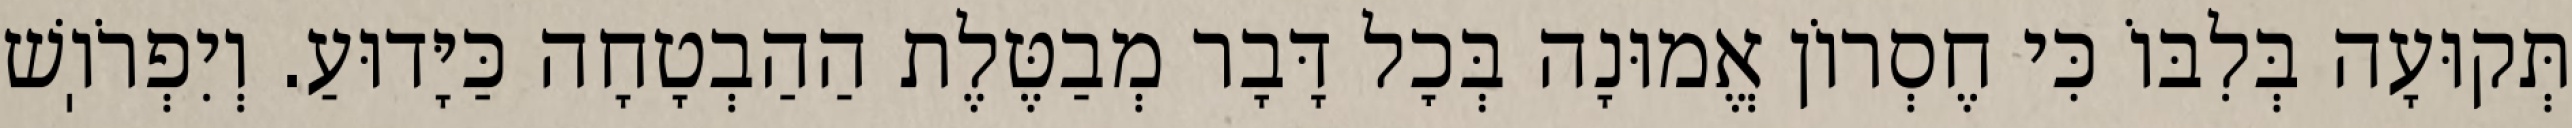
תְּקוּעָה בְּלִבּוֹ כִּי חֶסְרוֹן אֱמוּנָה בְּכׇל דָּבָר מְבַטֶּלֶת הַהַבְטָחָה כַּיָּדוּעַ. וְיִפְרֹוֽשׁ